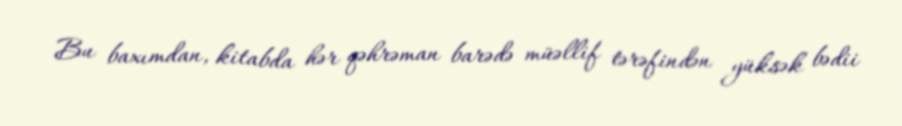
Bu baxımdan, kitabda hər qəhrəman barədə müəllif tərəfindən yüksək bədii